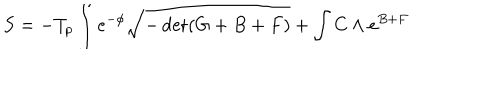
S = - T _ { p } \int e ^ { - \phi } \sqrt { - \det ( G + B + F ) } + \int C \wedge e ^ { B + F }